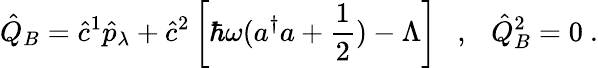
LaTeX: \hat{Q}_{B}=\hat{c}^{1}\hat{p}_{\lambda}+\hat{c}^{2}\left[\hbar\omega(a^{\dagger}a+\frac{1}{2})-\Lambda\right]\ \ \ ,\ \ \ \hat{Q}_{B}^{2}=0\ .